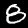
Label: 8